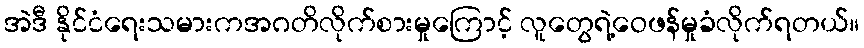
အဲဒီ နိုင်ငံရေးသမားကအဂတိလိုက်စားမှုကြောင့် လူတွေရဲ့ဝေဖန်မှုခံလိုက်ရတယ်။